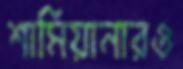
শামিয়ানারও